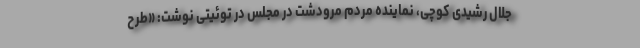
جلال رشیدی کوچی، نماینده مردم مرودشت در مجلس در توئیتی نوشت: «طرح